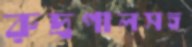
রুদ্রপালসহ